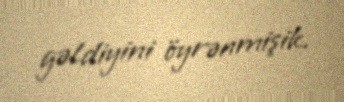
gəldiyini öyrənmişik.